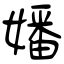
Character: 嬏